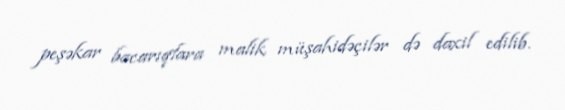
peşəkar bacarıqlara malik müşahidəçilər də daxil edilib.